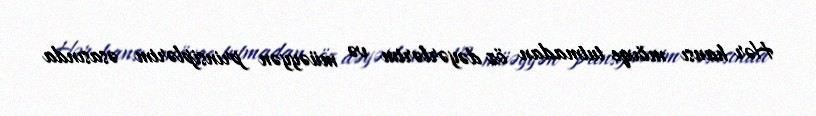
Hər hansı mövqe tutmadan öz dəyərlərim və müəyyən prinsiplərim əsasında